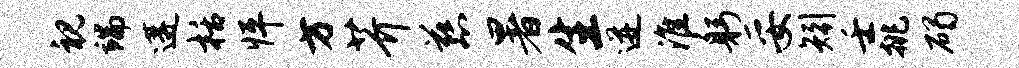
视端遘栝怦方芥慈暑生迸淮躬妥矧壬挑碣